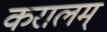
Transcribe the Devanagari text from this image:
करालम्